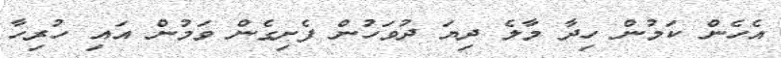
އެހެން ކަމުން ހިދާ މާލެ ދިޔަ ދުވަހުން ފެށިގެން ވަމުން އައި ހުރިހާ